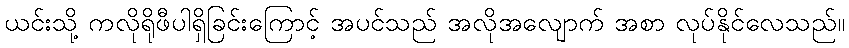
ယင်းသို့ ကလိုရိုဖီပါရှိခြင်းကြောင့် အပင်သည် အလိုအလျောက် အစာ လုပ်နိုင်လေသည်။